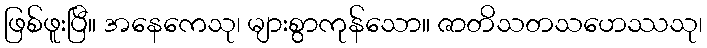
ဖြစ်ဖူးပြီ။ အနေကေသု၊ များစွာကုန်သော။ ဇာတိသတသဟေဿသု၊